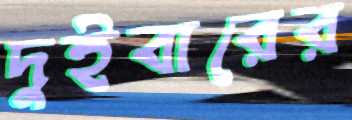
দুইবারের